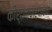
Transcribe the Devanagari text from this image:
कीर्तनचार्याकम्‌